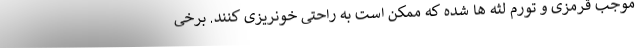
موجب قرمزی و تورم لثه ها شده که ممکن است به راحتی خونریزی کنند. برخی